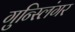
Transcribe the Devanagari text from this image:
गुन्स्लिंगर